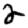
Digit: 2